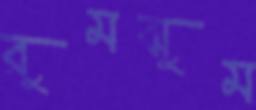
রুমঝুম